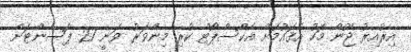
އިރުއިރު ޖޫން މަހު އެޤައުމަށް އެކްސްޕޯޓް ކުރި މިންވަރު ވަނީ 21 ޕަސެންޓަށް